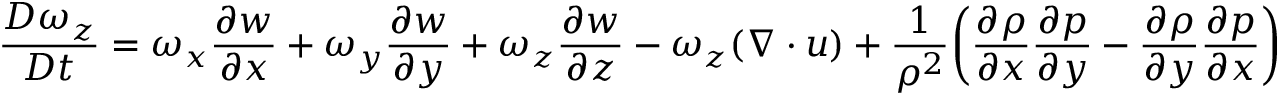
\frac { D \omega _ { z } } { D t } = \omega _ { x } \frac { \partial w } { \partial x } + \omega _ { y } \frac { \partial w } { \partial y } + \omega _ { z } \frac { \partial w } { \partial z } - \omega _ { z } ( \boldsymbol { \nabla \cdot u } ) + \frac { 1 } { \rho ^ { 2 } } \bigg ( \frac { \partial \rho } { \partial x } \frac { \partial p } { \partial y } - \frac { \partial \rho } { \partial y } \frac { \partial p } { \partial x } \bigg )